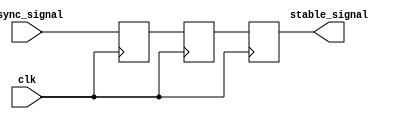
module meta_stability_filter #(
    parameter WIDTH = 1  // Width of the input signal
)(
    input wire clk,                // Clock signal
    input wire async_signal,       // Asynchronous input signal
    output reg [WIDTH-1:0] stable_signal // Stabilized output signal
);

    // Internal signals for the dual-stage synchronizer
    reg [WIDTH-1:0] sync_ff1;      // First flip-flop
    reg [WIDTH-1:0] sync_ff2;      // Second flip-flop

    // Dual-stage synchronizer
    always @(posedge clk) begin
        sync_ff1 <= async_signal;   // Sample the asynchronous signal
        sync_ff2 <= sync_ff1;       // Sample the output of the first flip-flop
    end

    // Output the stabilized signal
    always @(posedge clk) begin
        stable_signal <= sync_ff2;   // Output the result from the second flip-flop
    end

endmodule